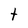
Character: t